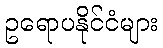
ဥရောပနိုင်ငံများ